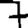
Digit: 7